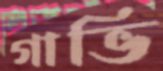
গাভি